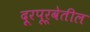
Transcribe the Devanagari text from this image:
दूरपूर्वेतील